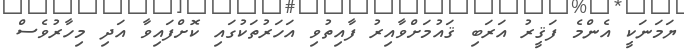
ޔަމަނަކީ އެންމެ ފަޤީރު އަރަބި ޤައުމަށްވާއިރު ފާއިތުވި އަހަރުތަކުގައި ކޮށްފައިވާ އަދި މިހާރުވެސް